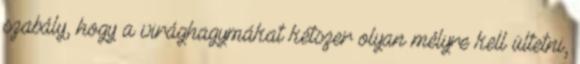
szabály, hogy a virághagymákat kétszer olyan mélyre kell ültetni,